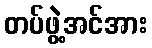
တပ်ဖွဲ့အင်အား